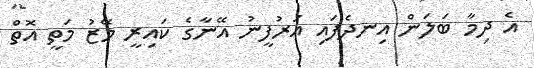
އެ ދިމާ ބަލަން އިނދެފައި އަރުފީނު އޭނާގެ ކައިރީ މޭޒު މަތީ އޮތް